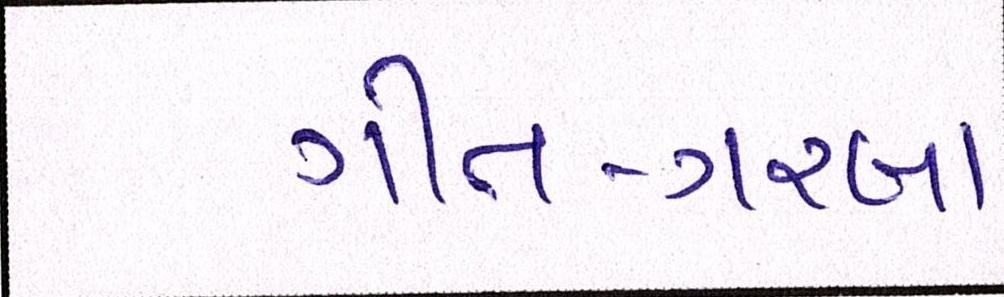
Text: ગીત-ગરબા